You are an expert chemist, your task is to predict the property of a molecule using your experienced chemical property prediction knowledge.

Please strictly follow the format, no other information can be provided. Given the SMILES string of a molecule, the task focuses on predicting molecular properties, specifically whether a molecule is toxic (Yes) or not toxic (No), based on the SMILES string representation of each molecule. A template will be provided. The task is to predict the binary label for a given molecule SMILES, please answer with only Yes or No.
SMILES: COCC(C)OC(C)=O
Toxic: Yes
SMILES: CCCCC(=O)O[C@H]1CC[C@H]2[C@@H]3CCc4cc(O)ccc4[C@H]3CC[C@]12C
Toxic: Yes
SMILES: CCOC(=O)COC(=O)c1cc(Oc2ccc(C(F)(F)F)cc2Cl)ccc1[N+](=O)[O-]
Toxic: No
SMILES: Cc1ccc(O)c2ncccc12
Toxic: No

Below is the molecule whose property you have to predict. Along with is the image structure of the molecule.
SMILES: CC(C)NC(=O)NC(C)C
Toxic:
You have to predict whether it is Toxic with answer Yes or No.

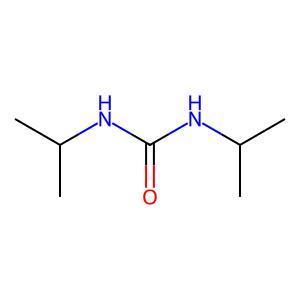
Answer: No